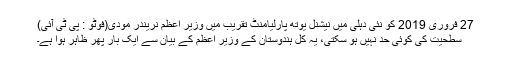
27 فروری 2019 کو نئی دہلی میں نیشنل یوتھ پارلیامنٹ تقریب میں وزیر اعظم نریندر مودی(فوٹو : پی ٹی آئی)
سطحیت کی کوئی حد نہیں ہو سکتی، یہ کل ہندوستان کے وزیر اعظم کے بیان سے ایک بار پھر ظاہر ہوا ہے۔